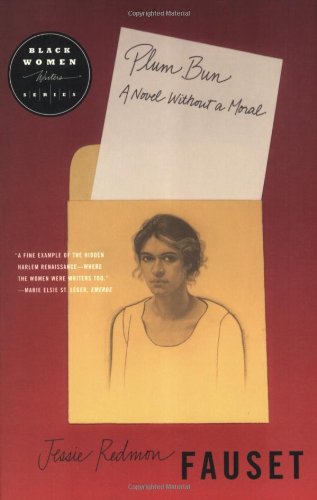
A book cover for Plum Bun: A Novel Without a Moral; Jessi Redmon Fauset; Literature & Fiction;